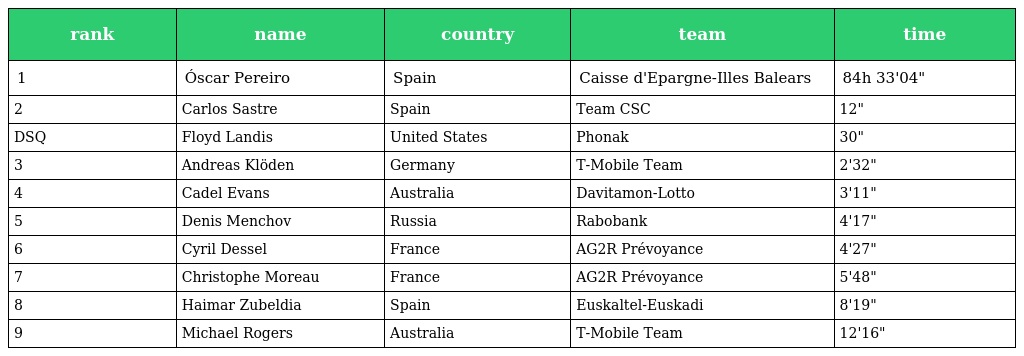
| rank | name | country | team | time |
 | --- | --- | --- | --- | --- |
 | 1 | Óscar Pereiro | Spain | Caisse d'Epargne-Illes Balears | 84h 33'04" |
 | 2 | Carlos Sastre | Spain | Team CSC | 12" |
 | DSQ | Floyd Landis | United States | Phonak | 30" |
 | 3 | Andreas Klöden | Germany | T-Mobile Team | 2'32" |
 | 4 | Cadel Evans | Australia | Davitamon-Lotto | 3'11" |
 | 5 | Denis Menchov | Russia | Rabobank | 4'17" |
 | 6 | Cyril Dessel | France | AG2R Prévoyance | 4'27" |
 | 7 | Christophe Moreau | France | AG2R Prévoyance | 5'48" |
 | 8 | Haimar Zubeldia | Spain | Euskaltel-Euskadi | 8'19" |
 | 9 | Michael Rogers | Australia | T-Mobile Team | 12'16" |